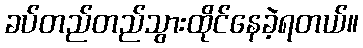
ခပ်တည်တည်သွားထိုင်နေခဲ့ရတယ်။